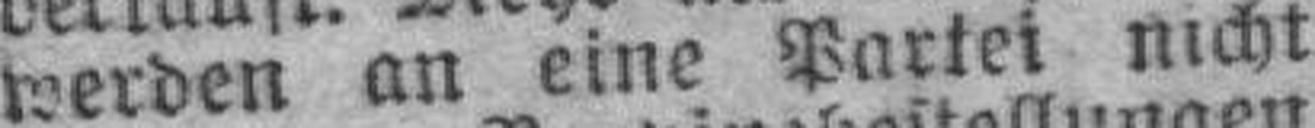
werden an eine Partei nicht